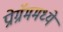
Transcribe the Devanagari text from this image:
प्रोग्रॅममध्ये